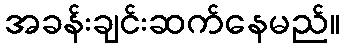
အခန်းချင်းဆက်နေမည်။